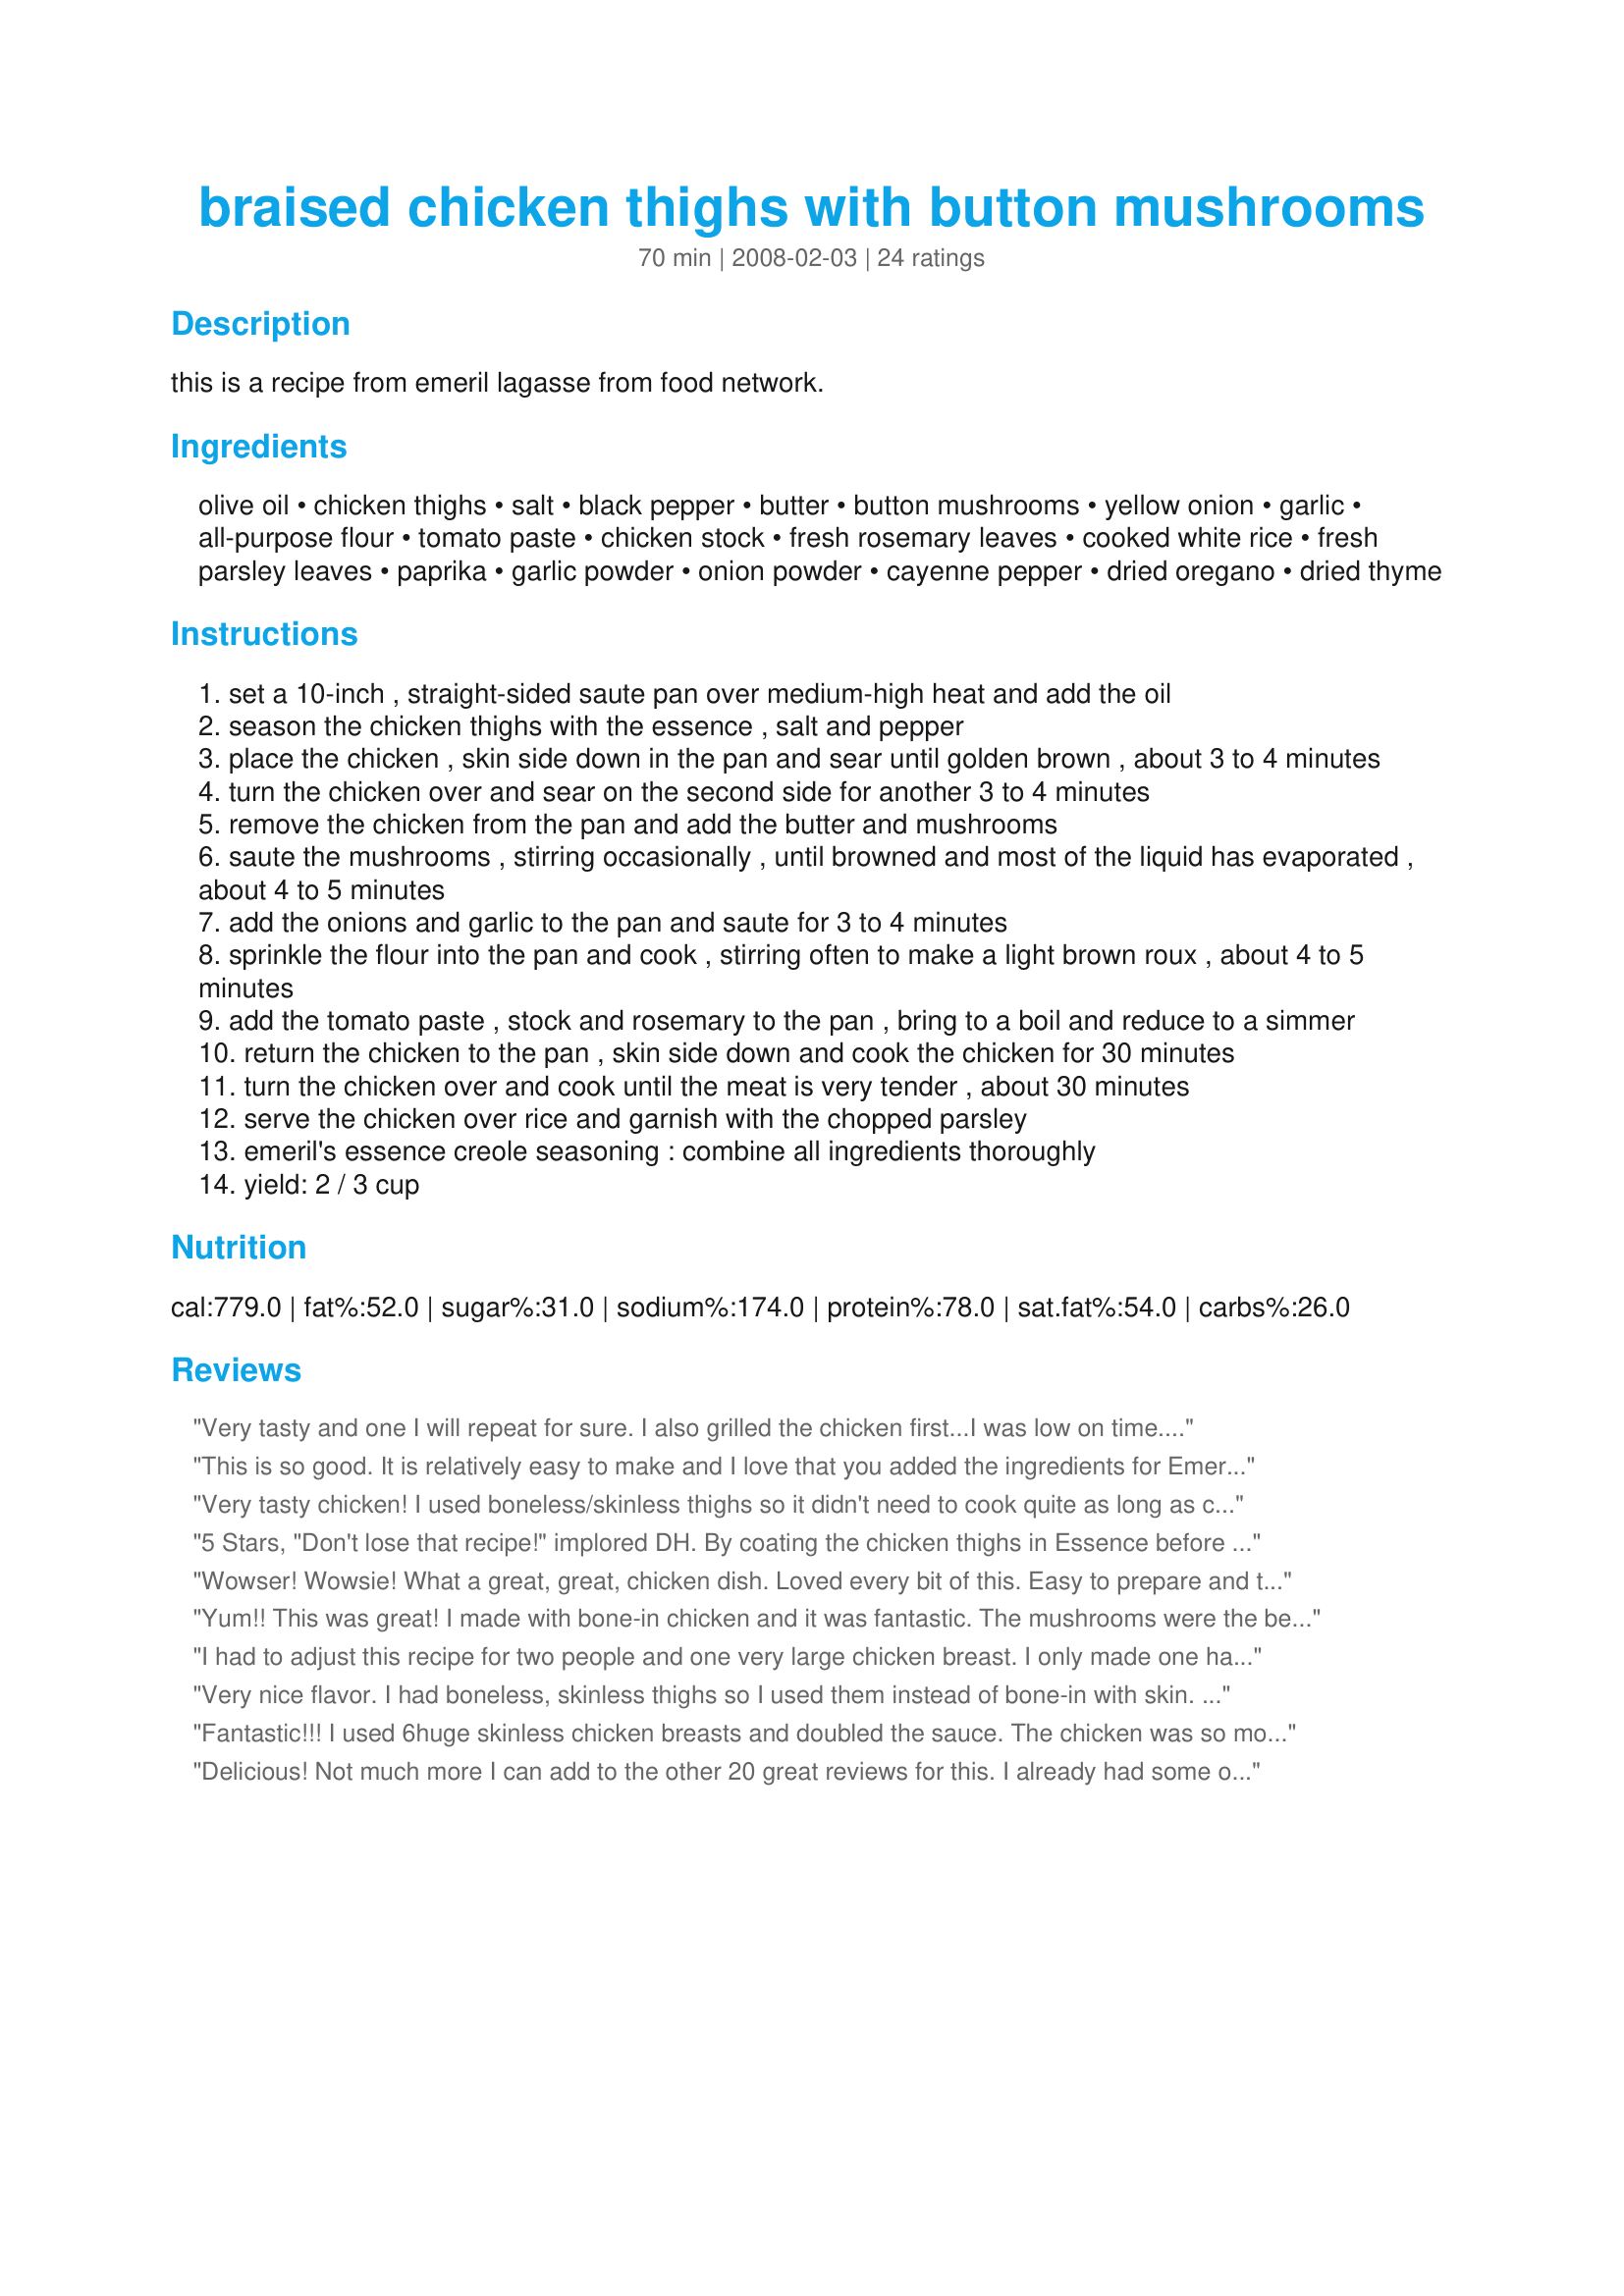
braised chicken thighs with button mushrooms
Preparation time: 70 minutes

this is a recipe from emeril lagasse from food network.

Ingredients:
olive oil, chicken thighs, salt, black pepper, butter, button mushrooms, yellow onion, garlic, all-purpose flour, tomato paste, chicken stock, fresh rosemary leaves, cooked white rice, fresh parsley leaves, paprika, garlic powder, onion powder, cayenne pepper, dried oregano, dried thyme

Steps:
set a 10-inch , straight-sided saute pan over medium-high heat and add the oil
season the chicken thighs with the essence , salt and pepper
place the chicken , skin side down in the pan and sear until golden brown , about 3 to 4 minutes
turn the chicken over and sear on the second side for another 3 to 4 minutes
remove the chicken from the pan and add the butter and mushrooms
saute the mushrooms , stirring occasionally , until browned and most of the liquid has evaporated , about 4 to 5 minutes
add the onions and garlic to the pan and saute for 3 to 4 minutes
sprinkle the flour into the pan and cook , stirring often to make a light brown roux , about 4 to 5 minutes
add the tomato paste , stock and rosemary to the pan , bring to a boil and reduce to a simmer
return the chicken to the pan , skin side down and cook the chicken for 30 minutes
turn the chicken over and cook until the meat is very tender , about 30 minutes
serve the chicken over rice and garnish with the chopped parsley
emeril's essence creole seasoning : combine all ingredients thoroughly
yield: 2 / 3 cup

Reviews:
Very tasty and one I will repeat for sure. I also grilled the chicken first...I was low on time. Additionally, I felt 2 Tablespoons of salt in the Essense would be too much, so I used 2 teaspoons of salt instead. It was *awesome*. Thanks so much!
This is so good. It is relatively easy to make and I love that you added the ingredients for Emeril's Essence as well. This dish has such wonderful flavor. My family enjoyed it alot!
Very tasty chicken! I used boneless/skinless thighs so it didn't need to cook quite as long as called for which was nice. We really enjoyed this dish, thanks!
5 Stars, "Don't lose that recipe!" implored DH. By coating the chicken thighs in Essence before searing, a fabulous fond of browned bits was created in the pan, and it sent a tantalizing aroma throughout the house. (I could have asked for anything...) Out of habit, I removed the skin from the thighs before coating, and later realized the gravy might have benefited frm the fat; however, we both preferred the lower fat approach and we did not sacrifice too much flavor. When we went back for seconds, the Essence was more pronounced, so we recommend making only enough for one meal. I served this with steamed white rice and Recipe #314759 #314759. Made for 1-2-3 Hit Wonders.
Wowser! Wowsie! What a great, great, chicken dish. Loved every bit of this. Easy to prepare and the seasoning just spot on. I followed this exactly, except for one item. Instead of browning the chicken in the pan, I grilled the chicken on the grill first, and when that browned, I thus transferred the chicken to the pan with the great button, onion, and garlic sauce. I used fresh rosemary leaves, and parsley. I had put the Essence together earlier, so this only accented perfectly the mushrooms and chicken. Oh yes! One more change, I used a chicken breast instead of a thigh. You have got to try this...you will be glad you did! Thanks, Boomie!
Yum!! This was great! I made with bone-in chicken and it was fantastic. The mushrooms were the best part. I did not have fresh rosemary so I used 2 tsp of dried which was great for flavor but DH and I kept having to pick out the sticks, next time maybe I'll use a sachet garni.
I had to adjust this recipe for two people and one very large chicken breast. I only made one half of the Essence and sprinkled the rest over everything while it simmered. It was served over garlic noodles, DH's not fond of rice! I also used mini-crimini mushrooms, yum. It was quite spicy but wonderful. I will make this again and again and even with the rice!
Very nice flavor. I had boneless, skinless thighs so I used them instead of bone-in with skin. I also added a couple tablespoons of butter to the sauce at the end to finish it Served over mashed potatoes.
Fantastic!!! I used 6huge skinless chicken breasts and doubled the sauce. The chicken was so moist! I added more essence to the sauce because we love the flavor. Everyone agreed that it will be on our regular meal rotation! It was very good with rice and want to try it with pasta next time and serve with garlic bread. I'm so thrilled that I came across this recipe because it is a 5star meal! DH wants to hide the leftovers so the kids don't steal it while we are out tomorrow LOL!
Delicious! Not much more I can add to the other 20 great reviews for this. I already had some of the essence made up so used that. I served with potatoes but there is a lot of sauce and I recommend making the rice or noodles to soak it up. Next time I will do rice. Thanks for this keeper, which will be made often.
Hearty and flavorful. I used boneless, skinless thighs in the cast iron pan so even without skin they got a nice texture. Used 2 fresh rosemary sprigs from the garden and the leaves softened nicely and broke apart. Served over orzo which is Greek pasta and topped with grated Parmesan cheese. The orzo I felt was a good complement. It held up nicely as a base and the braising juice coated it well. Great recipe we loved it!
This Recipe is AWESOME. Just made it and my family devoured it. It does make a lot of food. I used white rice and 5 thighs instead of 6. This is a great meal to feed a large crowd. So many things you can use to change it up. Veggies, Rice, Pasta. The only note I will add is I omitted a lot of the &quot;spice&quot; from it, due to the fact my family is sensitive to spicy stuff. IT was STILL AMAZING!!
My husband and I love this recipe. He said it was one of his favourites. My son (4 yrs) is a very picky eater and once I actually got him to taste it he said he could eat it all day. So So Good!
If you could smell the picture !! soooo good
easy and pretty quick to put together.
will keep this and fix again.
I think you could add a few more veggies to this and it would still be great
Made tonight with boneless, skinless thighs. My sauce did NOT look like the picture at all, but the dish was awesome over plain white rice. Don't know if I will do as others have done and make with breasts, they aren't as tender or flavorful - I think using thighs are key with this one! Delicious!
Excellent dish! I served it with sauteed swiss chard, and it went beautifully with this flavorful dish. I also choose to use boneless, shinless thieghs. I seasoned them on both side with the "essence", and then rolled them up and tied them with some butchers string. It made a very nice little package.
Delish - its a keeper.
I have made this dish a couple of time now and once again tonight.. I failed to rate it though.. shame on me because this dish is AWESOME!! The sauce is wonderful served over rice .. In fact I'm making it again tonight.. and pairing it with another recipe from this site. "fabulous frozen green beans".. Thank you so much for sharing this recipe...
I only gave this recipe 4 stars because I thought it called for too much rosemary. I followed directions except for using boneless/skinless chicken thighs and just 1 Tbsp. rosemary (yes, I did use fresh rosemary) but even that was a bit much. I think it would have been better with maybe 1/2 - 3/4 Tbsp. depending on how fine you chop it. (I did chop my coarse.) I suggest you start with a small amount of rosemary, taste, then add more if you think it needs it. You will have plenty of time to add more after the sauce has boiled for a while. I will be making this again, but I will also add another 1 Tbsp. butter to the roux and 1 Tbsp. more flour as well. I felt the sauce was a bit thin. I used homemade chicken stock, and that just put the sauce over the top for taste. I do like the taste of Emeril's Essence. This recipe makes a lot, so you can use it for a long time. I sometimes substitute it for seasoned salt. (I've made that stuff before.)
This is delicious! I used boneless, skinless chicken thighs to cut the fat. I'm sure it might be better with the skin, but I didn't miss anything. The aroma while cooking makes you want to dig in immediately! Thanks for posting this fabulous recipe. Tagged for PRMR game.
We enjoyed this chicken very much! I used boneless and skinless chicken thighs and subbed sliced canned mushrooms for the fresh button, as I had the canned on hand. Otherwise, prepared as directed, serving over rice for a very delicious meal! I thank you so much, Boomette, for including the ingredients for Emeril's Essence. I cut those ingredients in half and sprinkled liberally over the chicken. We look forward to having this again! Thanks again, Boomette!
This was very good. The sauce had a great flavor and the mushrooms and chicken were very tender. My chicken was not done after an hour so i turned up the heat a little and covered them for a few more min. Thank you
This was a fabulous recipe and well worth making. It had a 'restaurant' flair to it, something delicious and complex in flavour with a wonderful creamy sauce. We all ate it and we all enjoyed it. Thanks for posting.
Faves of 2008 Tag: Excellent recipe Boomie!! So full of flavor and easy to make! Thank you for sharing!
